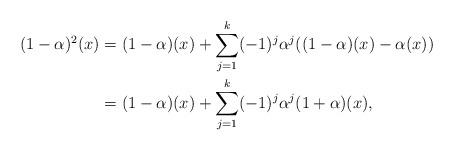
LaTeX: \begin{align*} (1-\alpha)^2(x) &= (1-\alpha)(x) + \sum_{j=1}^k (-1)^j\alpha^j((1-\alpha)(x)-\alpha(x))\\ &= (1-\alpha)(x) +\sum_{j=1}^k (-1)^j\alpha^j(1+\alpha)(x),\end{align*}